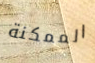
الممكنة